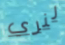
لنري